NAE_ERA_R-1665_Eesti_Kunstnike_Liit, lk 7
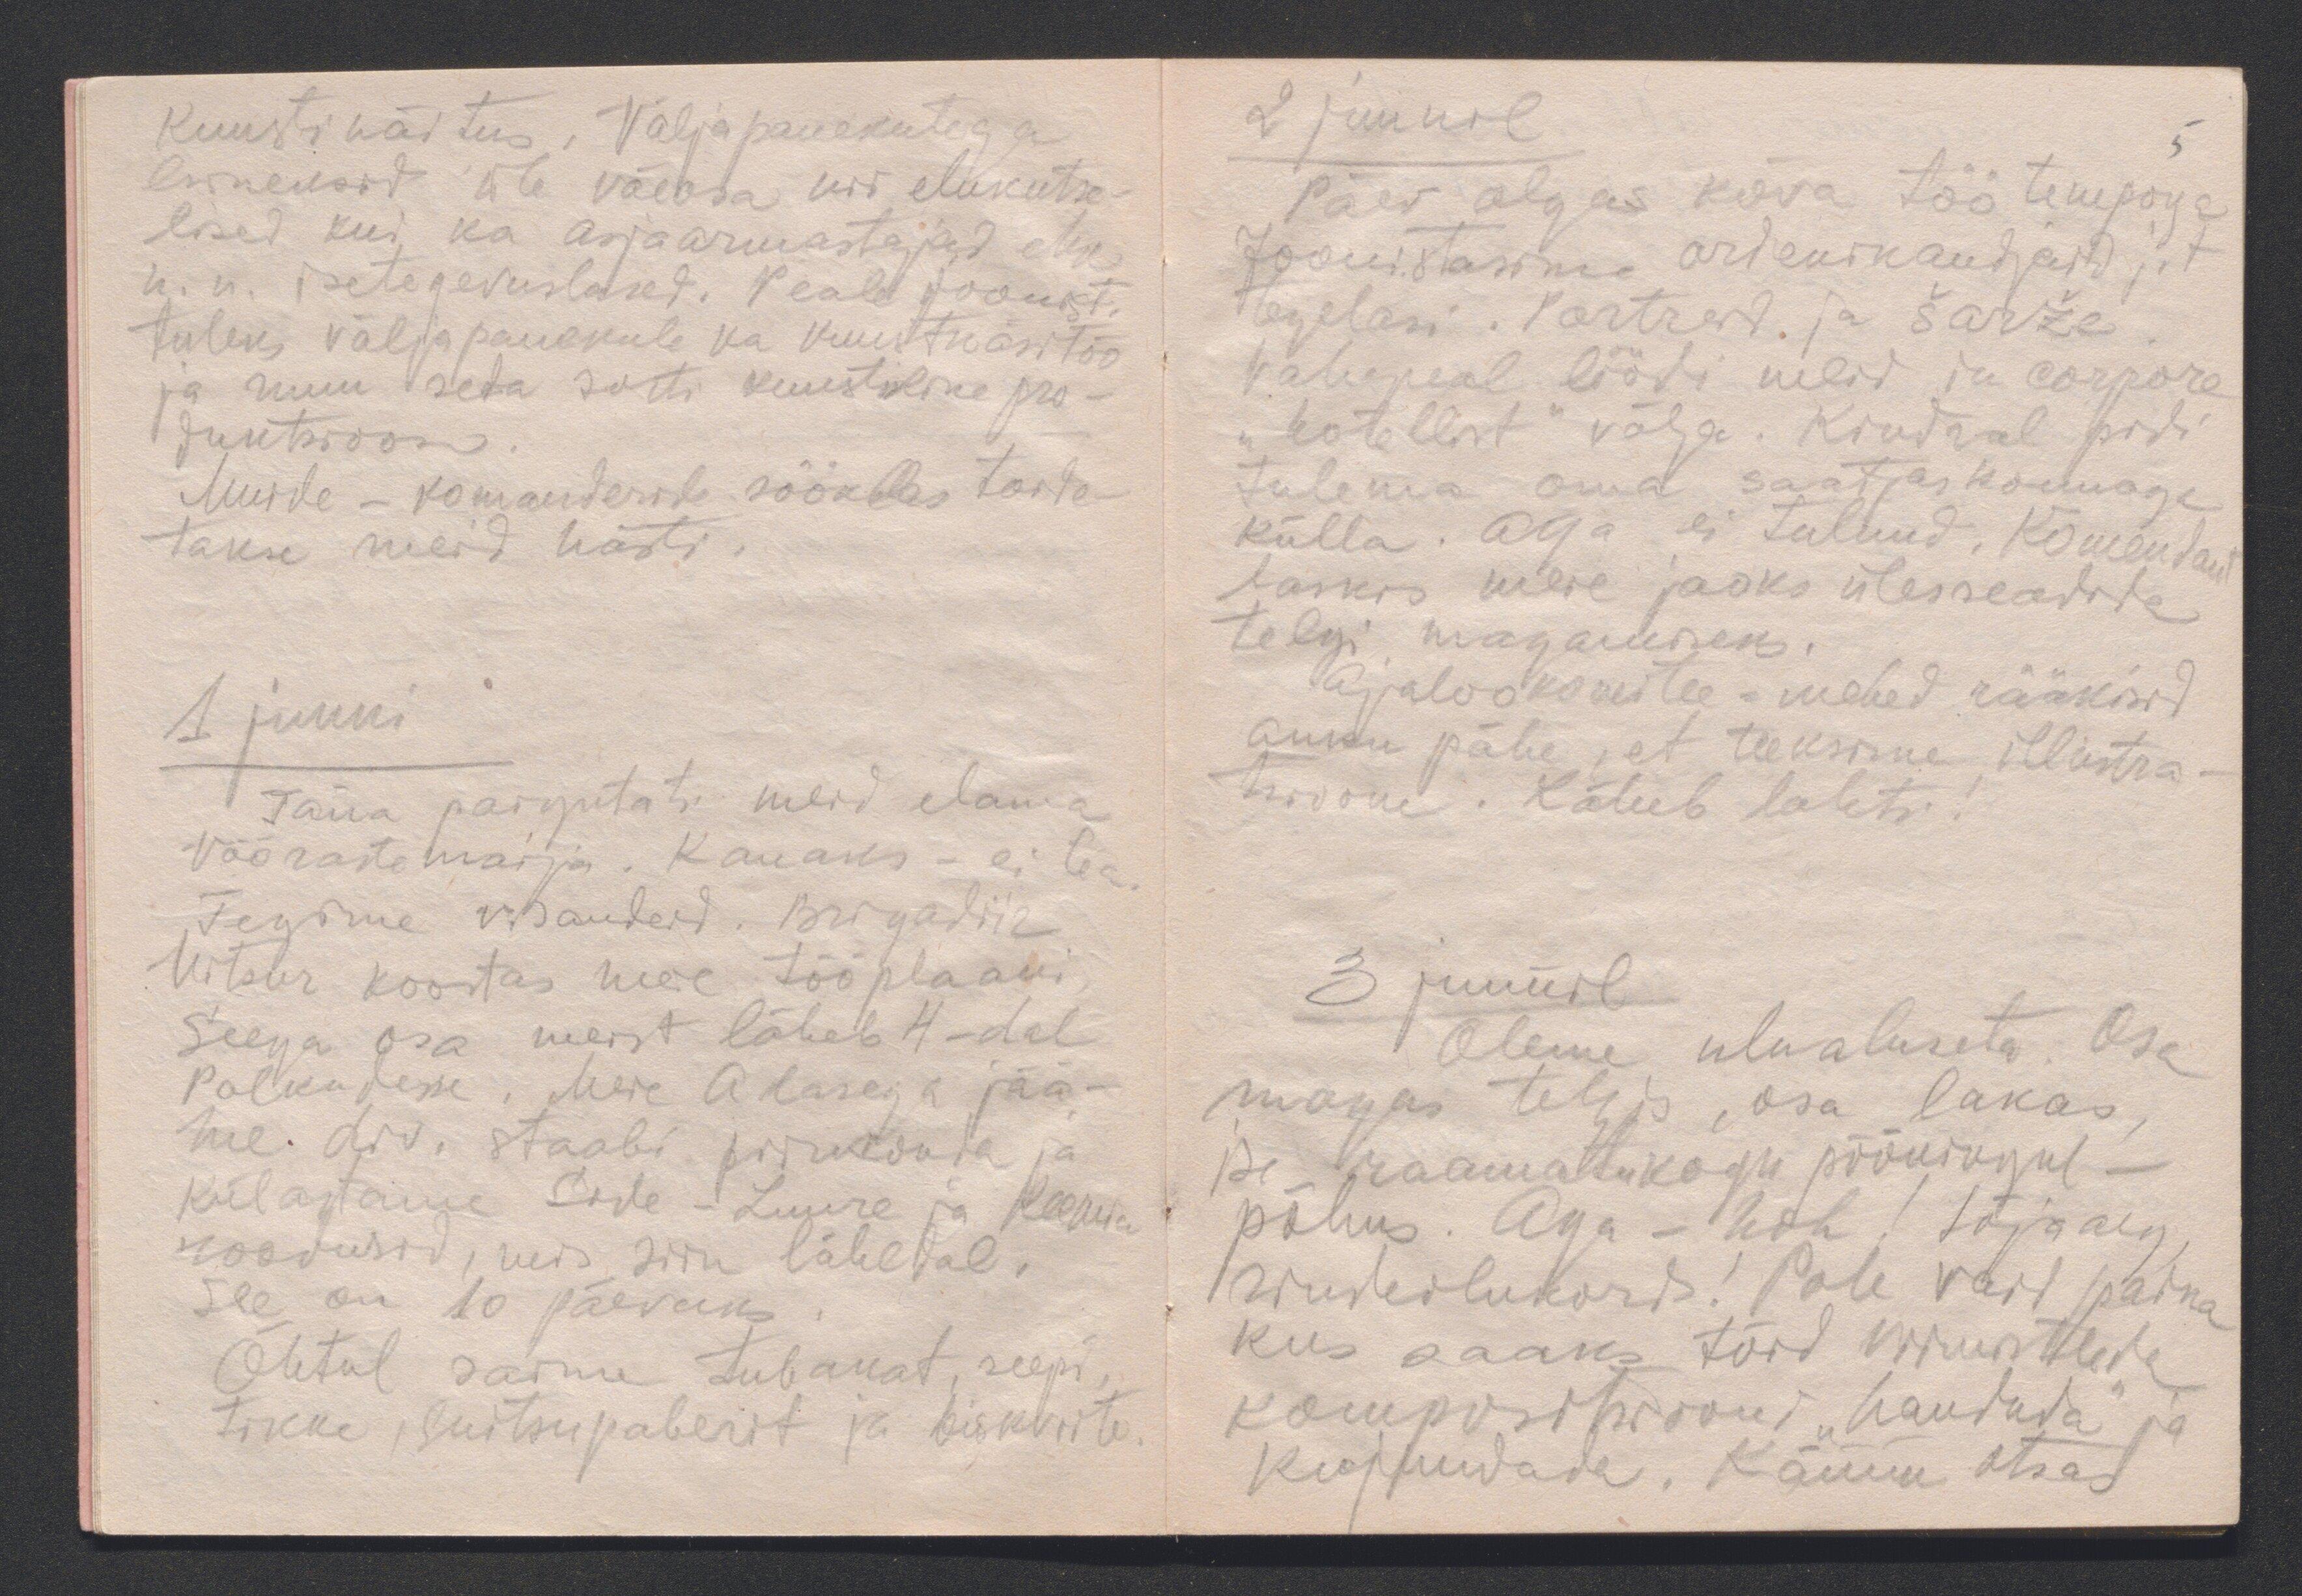
kunstinäitus. Väljapanekutega
esineksid üle väeosa nii elukutse-
lised kui ka asjaarmastajad ehk
n.n. isetegevuslased. Peale joonist.
tuleks väljapanekule ka kunstkäsitöö
ja muu seda sorti kunstiline pro-
duktsioon.
Muide - komanderide sööklas toide-
takse meid hästi.
1 juuni
Täna paigutati meid elama
võõrastemaija. Kauaks - ei tea.
Tegime visandeid. Brigadiir
Vitsur koostas meie tööplaani.
Seega osa meist läheb 4-dal
Polkudesse. Meie Alasega jää-
me div. staabi piirkonda ja
külastame Side-Luure ja Keemia
roodusid, mis siin lähedal.
See on 10 päevaks.
Õhtul saime tubakat, seepi,
tikke, suitsupaberit ja biskviite.

2 juunil
Päev algas kõva töö tempoga
Joonistasime ordenikandjaid j.t
tegelasi. Portreid ja šarže.
Vahepeal löödi meid in corpore
"hotellist" välja. Kindral pidi
tulema oma saatjaskonnaga
külla. Aga ei tulnud.  Komendant
laskis meie jaoks ülesseadida
telgi magamiseks.
Ajalookomitee-mehed rääkisid
auku pähe, et teeksime illustra-
tsioone. Läheb lahti!
3 juunil
Oleme ulualuseta. Osa
magas telgis, osa lakas,
ise raamatukogu pööningul -
põhus. Aga - hoh! Sõja aeg,
rindeolukord! Pole vaid paika
kus saaks töid viimistleda
kompositsioone "haududa" ja
kujundada. Kännu otsas

5